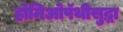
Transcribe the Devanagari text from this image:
होमिओपॅथीसुद्धा